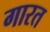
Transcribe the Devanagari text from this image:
गारत